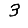
Digit: 3